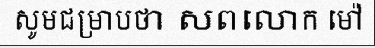
សូមជម្រាបថា សពលោក ម៉ៅ